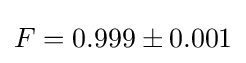
F=0.999\pm 0.001